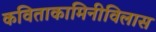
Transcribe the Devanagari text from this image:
कविताकामिनीविलास